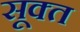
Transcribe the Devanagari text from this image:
सूक्‍त